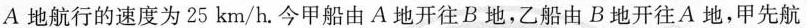
A地航行的速度为 25 km/h。今甲船由A地开往B地，乙船由B地开往A地，甲先航